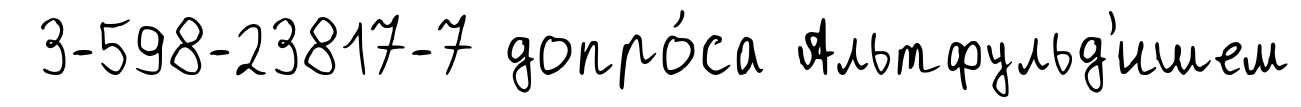
3-598-23817-7 допро́са Альтфульд'ишем